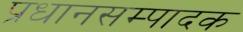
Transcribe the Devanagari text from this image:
प्रधानसम्पादक